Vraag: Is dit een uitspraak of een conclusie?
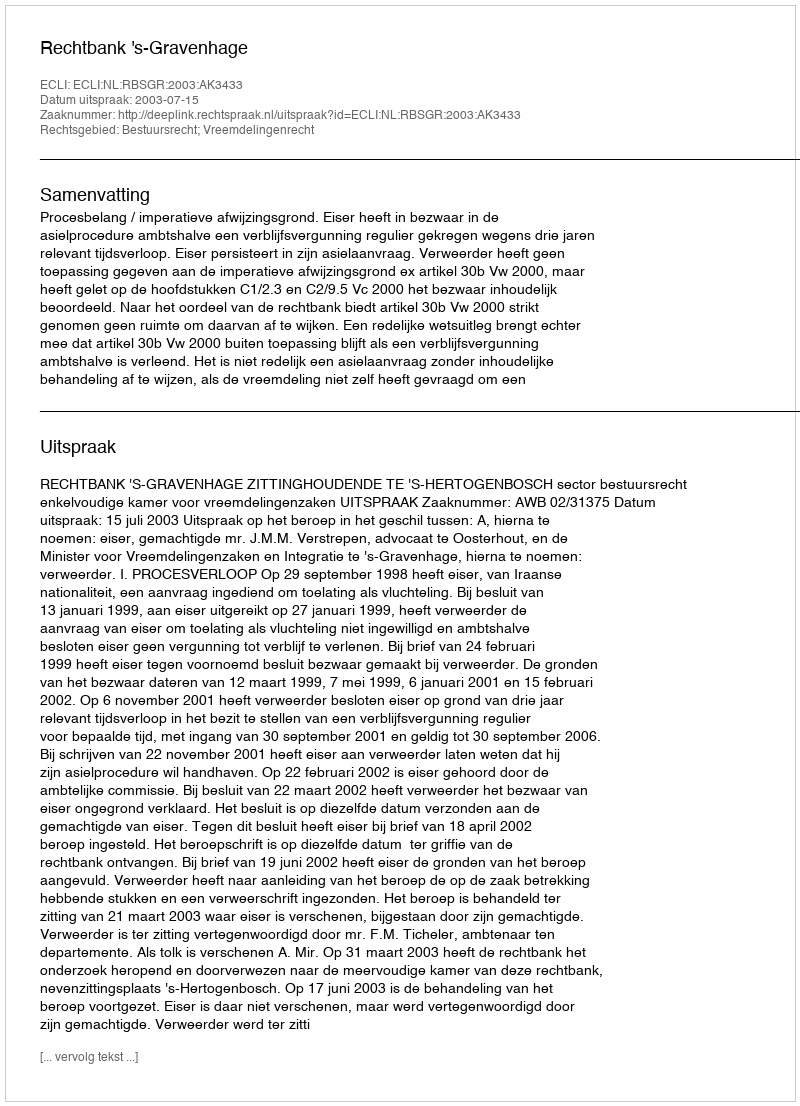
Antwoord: Uitspraak